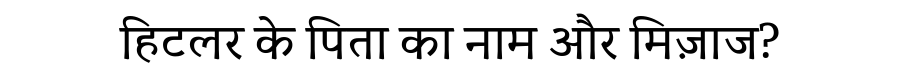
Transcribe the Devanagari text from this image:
हिटलर के पिता का नाम और मिज़ाज?